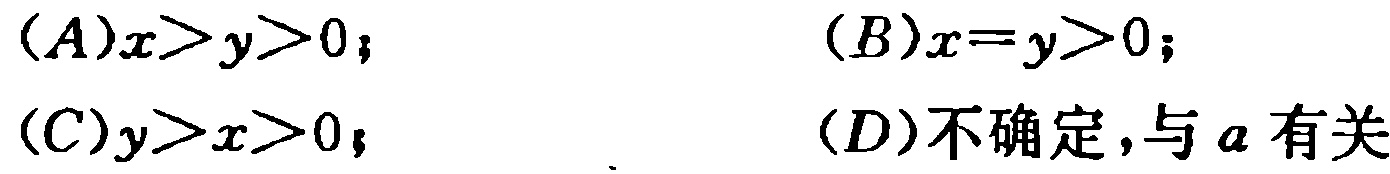
(A)$x > y > 0$；(B)$x = y > 0$；(C)$y > x > 0$；(D)不确定，与$a$有关